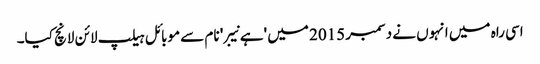
اسی راہ میں انہوں نے دسمبر 2015 میں 'ہے نیبر' نام سے موبائل ہیلپ لائن لانچ کیا۔